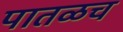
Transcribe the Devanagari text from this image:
पातळच